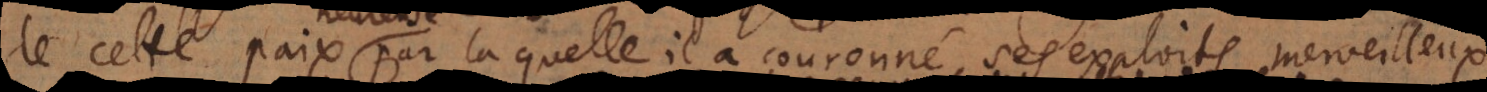
de cette paix par laquelle il a couronné ses exploits merveilleux